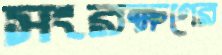
সংরক্ষণের